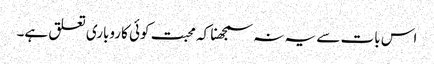
اس بات سے یہ نہ سمجھنا کہ محبت کوئی کاروباری تعلق ہے۔